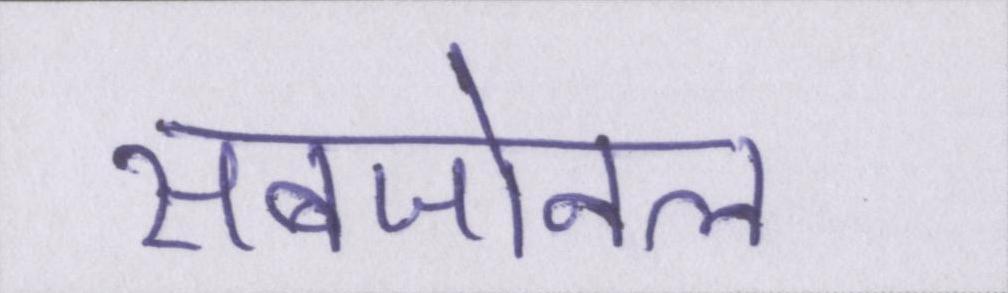
सबजोनल